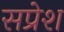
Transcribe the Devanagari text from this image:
सप्रेश